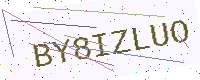
Text: BY8IZLUO